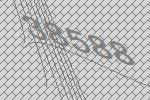
38588